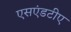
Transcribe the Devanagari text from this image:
एसएंडटीए